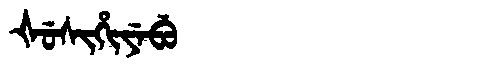
Manchu: ᡧᡠᠰᡳᡥᡳᠶᡝᠪᡠ
Romanization: ŠUSIHIYEBU